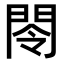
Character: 閝